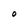
Character: o